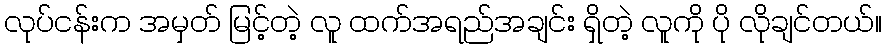
လုပ်ငန်းက အမှတ် မြင့်တဲ့ လူ ထက်အရည်အချင်း ရှိတဲ့ လူကို ပို လိုချင်တယ်။